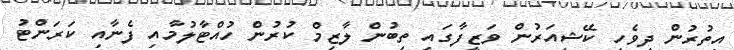
އިތުރުން ދިވެހި ކޭޝިއަރުން ވަޒީފާގައި ތިބުން ލާޒިމް ކުރުން ހުއްޓާލުމާއި ފެނާއި ކަރަންޓު